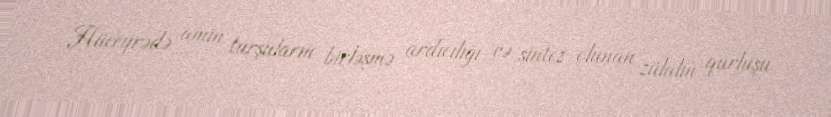
Hüceyrədə amin turşuların birləşmə ardıcılığı və sintez olunan zülalın qurluşu